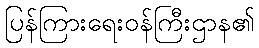
ပြန်ကြားရေးဝန်ကြီးဌာန၏